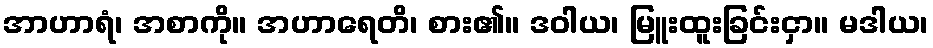
အာဟာရံ၊ အစာကို။ အဟာရေတိ၊ စား၏။ ဒဝါယ၊ မြူးထူးခြင်းငှာ။ မဒါယ၊